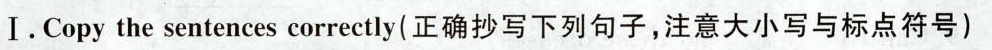
I. Copy the sentences correctly(正确抄写下列句子，注意大小写与标点符号)